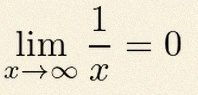
\lim_{x\to\infty}\frac{1}{x}=0